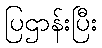
ပြဌာန်းပြီး